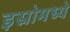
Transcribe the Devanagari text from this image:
इस्रोमध्ये